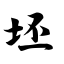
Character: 坯